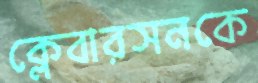
ক্লেবারসনকে